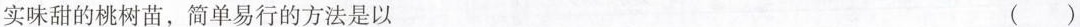
实味甜的桃树苗，简单易行的方法是以 ( )